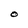
Character: O